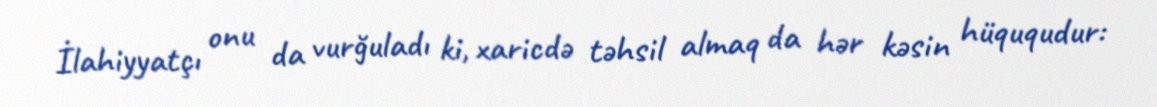
İlahiyyatçı onu da vurğuladı ki, xaricdə təhsil almaq da hər kəsin hüququdur: